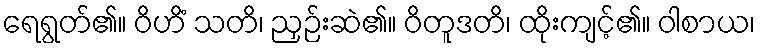
ရေရွတ်၏။ ဝိဟိံ သတိ၊ ညှဉ်းဆဲ၏။ ဝိတူဒတိ၊ ထိုးကျင့်၏။ ဝါစာယ၊